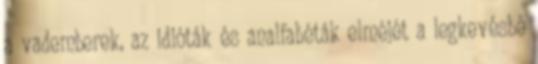
a vademberek, az idióták és analfabéták elméjét a legkevésbé